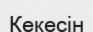
Кекесін